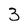
Character: 3